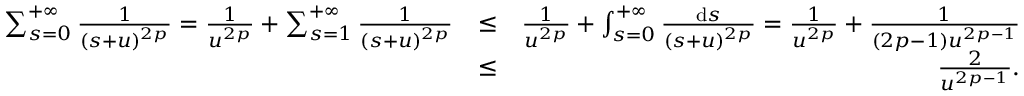
\begin{array} { r l r } { \sum _ { s = 0 } ^ { + \infty } \frac { 1 } { ( s + u ) ^ { 2 p } } = \frac { 1 } { u ^ { 2 p } } + \sum _ { s = 1 } ^ { + \infty } \frac { 1 } { ( s + u ) ^ { 2 p } } } & { \leq } & { \frac { 1 } { u ^ { 2 p } } + \int _ { s = 0 } ^ { + \infty } \frac { \mathrm { d } s } { ( s + u ) ^ { 2 p } } = \frac { 1 } { u ^ { 2 p } } + \frac { 1 } { ( 2 p - 1 ) u ^ { 2 p - 1 } } } \\ & { \leq } & { \frac { 2 } { u ^ { 2 p - 1 } } . } \end{array}